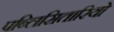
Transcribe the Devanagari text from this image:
पब्लिसितारियो